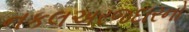
નકલઅરજદારનો